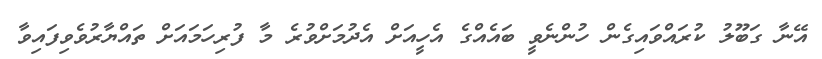
އޭނާ ގަބޫލު ކުރައްވައިގެން ހުންނެވީ ބައެއްގެ އެހީއަށް އެދުމަށްވުރެ މާ ފުރިހަމައަށް ތައްޔާރުވެވިފައިވާ